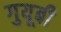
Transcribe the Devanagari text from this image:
गुयूबी